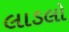
લાડલો